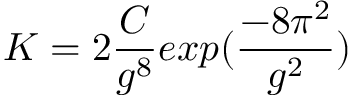
K = 2 { \frac { C } { g ^ { 8 } } } e x p ( { \frac { - 8 \pi ^ { 2 } } { g ^ { 2 } } } )